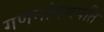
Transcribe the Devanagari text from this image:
गणनांगणपति